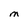
Character: M